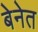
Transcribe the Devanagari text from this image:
बेनेत